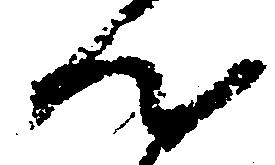
ん